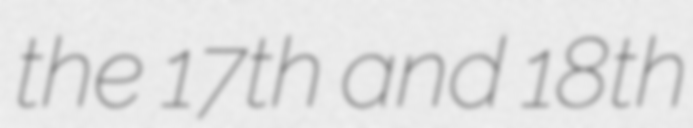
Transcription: the 17th and 18th